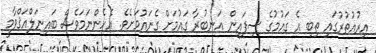
އިރުއުތުރުގައި ތިބި އެ ގައުމުގެ ސިފައިން އަނބުރާ ގައުމަށް ގެނައުމަށެވެ. އެހެންނަމަވެސް ބައިނަލްއަޤްވާމީ